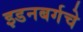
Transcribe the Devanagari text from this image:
इडनबर्गचे